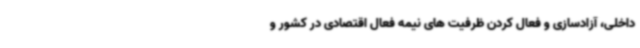
داخلی، آزادسازی و فعال کردن ظرفیت های نیمه فعال اقتصادی در کشور و